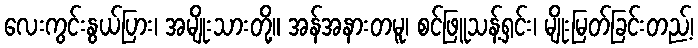
လေးကွင်းနွယ်ပြား၊ အမျိုးသားတို့။ အန်အနားတမူ၊ စင်ဖြူသန့်ရှင်း၊ မျိုးမြတ်ခြင်းတည့်၊